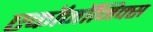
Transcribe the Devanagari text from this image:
एकॉनॉमिक्स